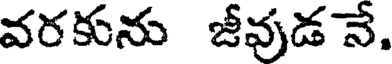
వరకును జీవుడ నే.